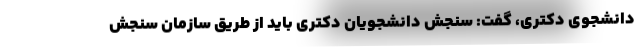
دانشجوی دکتری، گفت: سنجش دانشجویان دکتری باید از طریق سازمان سنجش